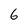
Character: 6